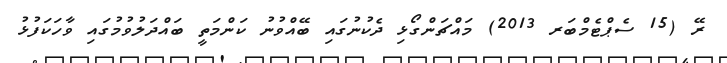
ރޭ (15 ސެޕްޓެމްބަރ 2013) މައްޗަންގޯޅި ދެކުނުގައި ބޭއްވުނު ކަންމަތީ ބައްދަލުވުމުގައި ވާހަކަފުޅު